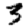
Digit: 3